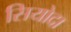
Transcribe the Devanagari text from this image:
सियोदा